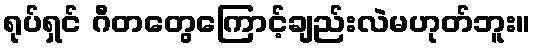
ရုပ်ရှင် ဂီတတွေကြောင့်ချည်းလဲမဟုတ်ဘူး။